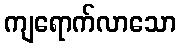
ကျရောက်လာသော